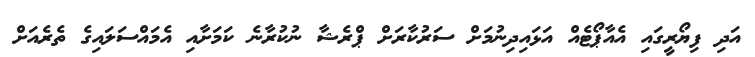
އަދި ފިޔޯރީގައި އެއާޕޯޓެއް އަޅައިދިނުމަށް ސަރުކާރަށް ޕްރެޝާ ނުކުރާނެ ކަމަށާއި އެމައްސަލައިގެ ތެރެއަށް